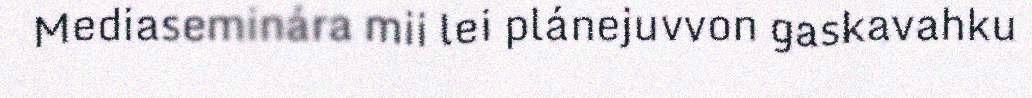
Mediaseminára mii lei plánejuvvon gaskavahku